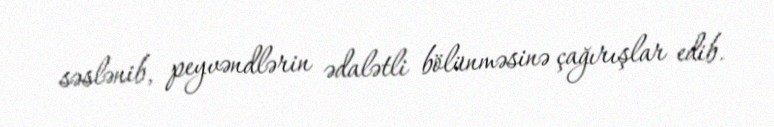
səslənib, peyvəndlərin ədalətli bölünməsinə çağırışlar edib.